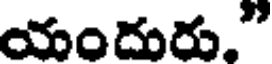
యందురు."